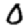
Digit: 0